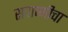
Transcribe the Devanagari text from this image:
सवाष्णीचा